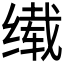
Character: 𬘹